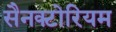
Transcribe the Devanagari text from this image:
सैनक्टोरियम